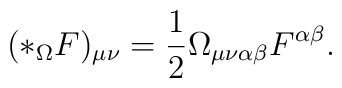
(*_{\Omega}F)_{\mu\nu}=\frac{1}{2}\Omega_{\mu\nu\alpha\beta}F^{\alpha\beta}.